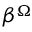
\beta ^ { \Omega }